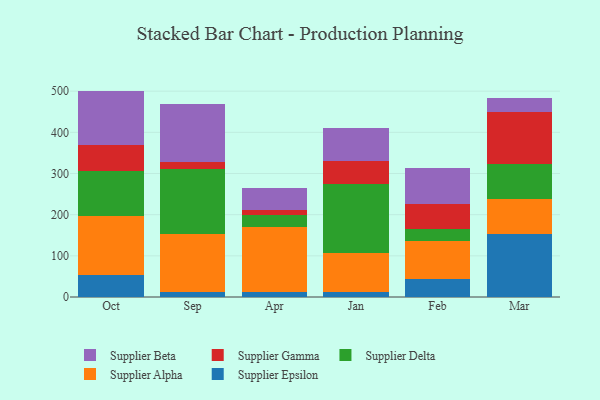
{"axis": {"x": "Month", "y": "Latency (ms)"}, "legend": ["Supplier Alpha", "Supplier Beta", "Supplier Delta", "Supplier Epsilon", "Supplier Gamma"], "data": [{"x": "Oct", "y": 54.3, "type": "Supplier Epsilon"}, {"x": "Oct", "y": 143.2, "type": "Supplier Alpha"}, {"x": "Oct", "y": 109.2, "type": "Supplier Delta"}, {"x": "Oct", "y": 61.5, "type": "Supplier Gamma"}, {"x": "Oct", "y": 132.6, "type": "Supplier Beta"}, {"x": "Sep", "y": 11.3, "type": "Supplier Epsilon"}, {"x": "Sep", "y": 141.7, "type": "Supplier Alpha"}, {"x": "Sep", "y": 158.4, "type": "Supplier Delta"}, {"x": "Sep", "y": 17.2, "type": "Supplier Gamma"}, {"x": "Sep", "y": 141.3, "type": "Supplier Beta"}, {"x": "Apr", "y": 13.1, "type": "Supplier Epsilon"}, {"x": "Apr", "y": 157.8, "type": "Supplier Alpha"}, {"x": "Apr", "y": 27.6, "type": "Supplier Delta"}, {"x": "Apr", "y": 11.7, "type": "Supplier Gamma"}, {"x": "Apr", "y": 54.2, "type": "Supplier Beta"}, {"x": "Jan", "y": 12.0, "type": "Supplier Epsilon"}, {"x": "Jan", "y": 93.7, "type": "Supplier Alpha"}, {"x": "Jan", "y": 168.4, "type": "Supplier Delta"}, {"x": "Jan", "y": 55.8, "type": "Supplier Gamma"}, {"x": "Jan", "y": 80.8, "type": "Supplier Beta"}, {"x": "Feb", "y": 42.7, "type": "Supplier Epsilon"}, {"x": "Feb", "y": 93.2, "type": "Supplier Alpha"}, {"x": "Feb", "y": 28.6, "type": "Supplier Delta"}, {"x": "Feb", "y": 62.0, "type": "Supplier Gamma"}, {"x": "Feb", "y": 86.4, "type": "Supplier Beta"}, {"x": "Mar", "y": 154.2, "type": "Supplier Epsilon"}, {"x": "Mar", "y": 84.8, "type": "Supplier Alpha"}, {"x": "Mar", "y": 83.1, "type": "Supplier Delta"}, {"x": "Mar", "y": 126.3, "type": "Supplier Gamma"}, {"x": "Mar", "y": 34.4, "type": "Supplier Beta"}]}